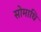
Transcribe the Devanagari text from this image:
सोमाधि